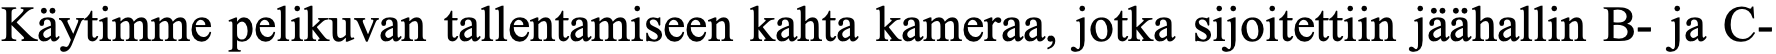
Käytimme pelikuvan tallentamiseen kahta kameraa, jotka sijoitettiin jäähallin B- ja C-